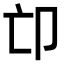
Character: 𠨑